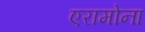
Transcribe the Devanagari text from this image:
एरामोना